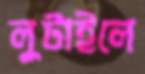
লুটাইলে